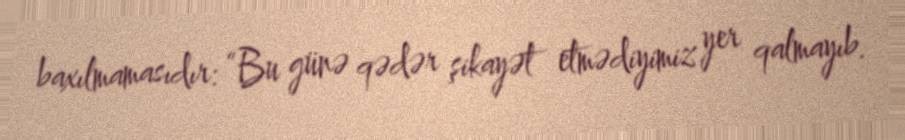
baxılmamasıdır: “Bu günə qədər şikayət etmədiyimiz yer qalmayıb.